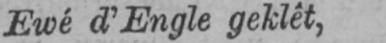
Ewé d’Engle geklêt,